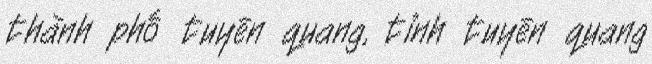
thành phố tuyên quang, tỉnh tuyên quang